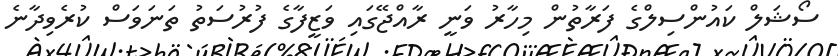
ސޯޝަލް ކައުންސިލްގެ ފަރާތުން މިހާރު ވަނީ ރާއްޖޭގައި ވަޒީފާގެ ފުރުސަތު ތަނަވަސް ކުރެވިދާނެ